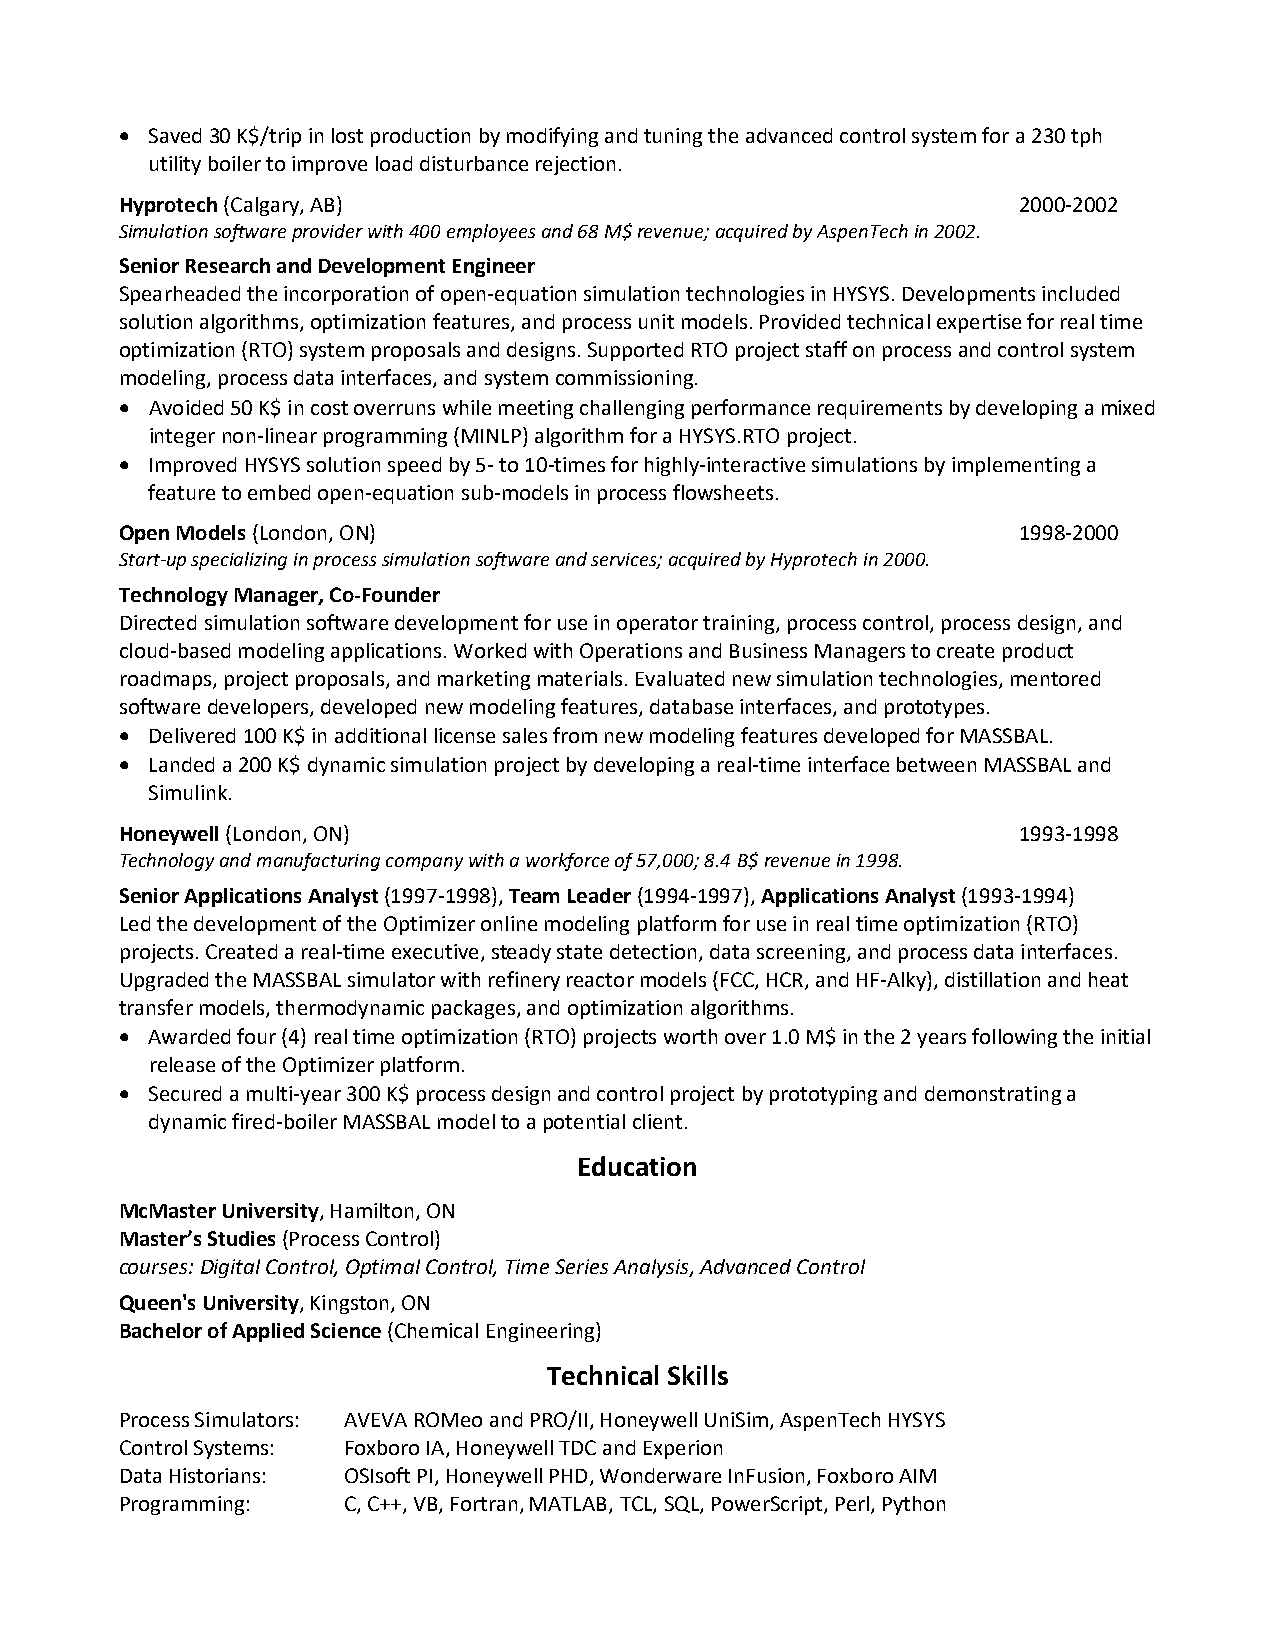
• Saved 30 K$/trip in lost production by modifying and tuning the advanced control system for a 230 tph
 utility boiler to improve load disturbance rejection.
 Hyprotech (Calgary, AB)                                    2000-2002
 Simulation software provider with 400 employees and 68 M$ revenue; acquired by AspenTech in 2002.
 Senior Research and Development Engineer
 Spearheaded the incorporation of open-equation simulation technologies in HYSYS. Developments included
 solution algorithms, optimization features, and process unit models. Provided technical expertise for real time
 optimization (RTO) system proposals and designs. Supported RTO project staff on process and control system
 modeling, process data interfaces, and system commissioning.
 • Avoided 50 K$ in cost overruns while meeting challenging performance requirements by developing a mixed
 integer non-linear programming (MINLP) algorithm for a HYSYS.RTO project.
 • Improved HYSYS solution speed by 5- to 10-times for highly-interactive simulations by implementing a
 feature to embed open-equation sub-models in process flowsheets.
 Open Models (London, ON)                                   1998-2000
 Start-up specializing in process simulation software and services; acquired by Hyprotech in 2000.
 Technology Manager, Co-Founder
 Directed simulation software development for use in operator training, process control, process design, and
 cloud-based modeling applications. Worked with Operations and Business Managers to create product
 roadmaps, project proposals, and marketing materials. Evaluated new simulation technologies, mentored
 software developers, developed new modeling features, database interfaces, and prototypes.
 • Delivered 100 K$ in additional license sales from new modeling features developed for MASSBAL.
 • Landed a 200 K$ dynamic simulation project by developing a real-time interface between MASSBAL and
 Simulink.
 Honeywell (London, ON)                                     1993-1998
 Technology and manufacturing company with a workforce of 57,000; 8.4 B$ revenue in 1998.
 Senior Applications Analyst (1997-1998), Team Leader (1994-1997), Applications Analyst (1993-1994)
 Led the development of the Optimizer online modeling platform for use in real time optimization (RTO)
 projects. Created a real-time executive, steady state detection, data screening, and process data interfaces.
 Upgraded the MASSBAL simulator with refinery reactor models (FCC, HCR, and HF-Alky), distillation and heat
 transfer models, thermodynamic packages, and optimization algorithms.
 • Awarded four (4) real time optimization (RTO) projects worth over 1.0 M$ in the 2 years following the initial
 release of the Optimizer platform.
 • Secured a multi-year 300 K$ process design and control project by prototyping and demonstrating a
 dynamic fired-boiler MASSBAL model to a potential client.
 Education
 McMaster University, Hamilton, ON
 Master’s Studies (Process Control)
 courses: Digital Control, Optimal Control, Time Series Analysis, Advanced Control
 Queen's University, Kingston, ON
 Bachelor of Applied Science (Chemical Engineering)
 Technical Skills
 Process Simulators: AVEVA ROMeo and PRO/II, Honeywell UniSim, AspenTech HYSYS
 Control Systems: Foxboro IA, Honeywell TDC and Experion
 Data Historians: OSIsoft PI, Honeywell PHD, Wonderware InFusion, Foxboro AIM
 Programming:   C, C++, VB, Fortran, MATLAB, TCL, SQL, PowerScript, Perl, Python